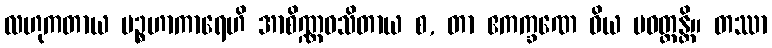
လဟုကတာယ ပဉ္စဟာကာရေဟိ အာစိဏ္ဏဝသိတာယ စ, တာ ဧကက္ခဏေ ဝိယ ပဝတ္တန္တိ။ တဿာ